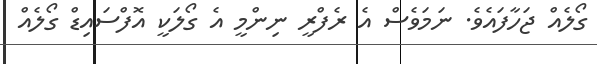
ގޯލެއް ޖަހާފައެވެ. ނަމަވެސް އެ ރެފްރީ ނިންމީ އެ ގޯލަކީ އޮފްސައިޑް ގޯލެއް